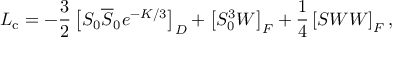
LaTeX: { \cal L } _ { \mathrm { c } } = - { \frac { 3 } { 2 } } \left[ S _ { 0 } \overline { { S } } _ { 0 } e ^ { - { K / 3 } } \right] _ { D } + \left[ S _ { 0 } ^ { 3 } W \right] _ { F } + { \frac { 1 } { 4 } } \left[ S { \cal W W } \right] _ { F } ,